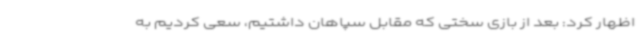
اظهار کرد: بعد از بازی سختی که مقابل سپاهان داشتیم، سعی کردیم به